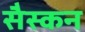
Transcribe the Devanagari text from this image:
सैस्कन